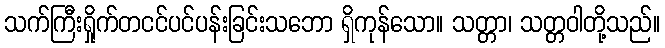
သက်ကြီးရှိုက်တငင်ပင်ပန်းခြင်းသဘော ရှိကုန်သော။ သတ္တာ၊ သတ္တဝါတို့သည်။